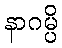
နာဂမ္ပိ